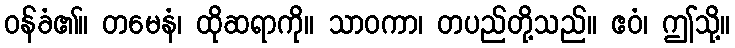
ဝန်ခံ၏။ တမေနံ၊ ထိုဆရာကို။ သာဝကာ၊ တပည်တို့သည်။ ဧဝံ၊ ဤသို့။